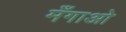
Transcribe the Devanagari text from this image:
मँगाओ